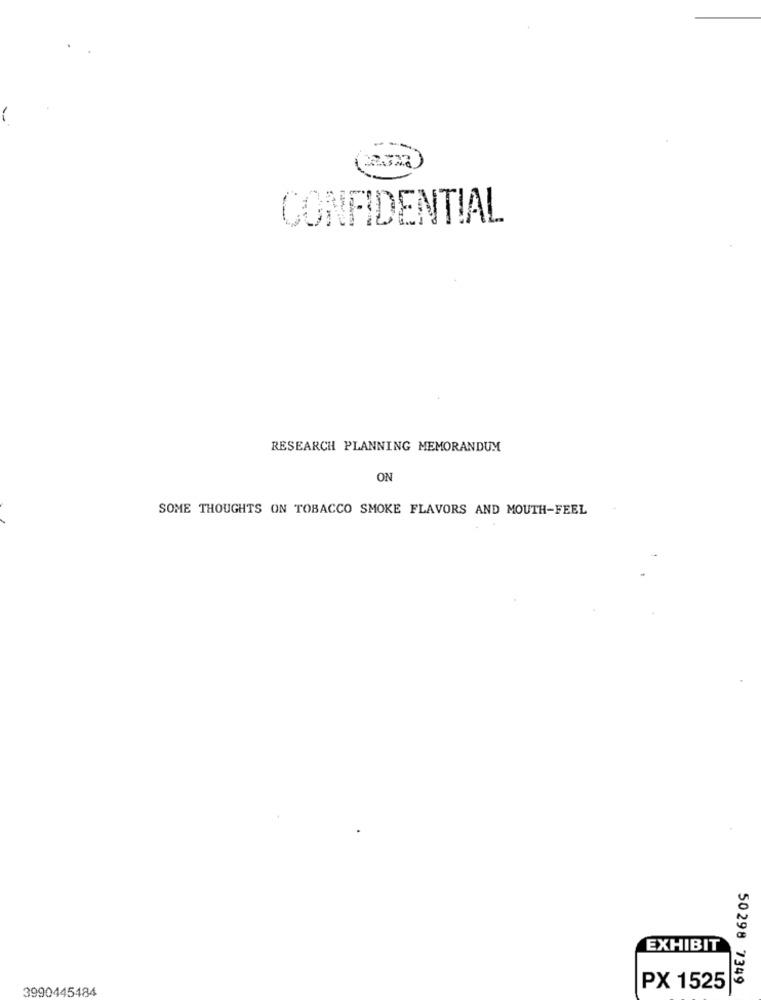
CONFIDENTIAL
RESEARCH PLANNING MEMORANDUM
ON
SOME THOUGHTS ON TOBACCO SMOKE FLAVORS AND MOUTH-FEEL
EXHIBIT
3990445484
PX 1525
50298 7349